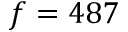
f = 4 8 7